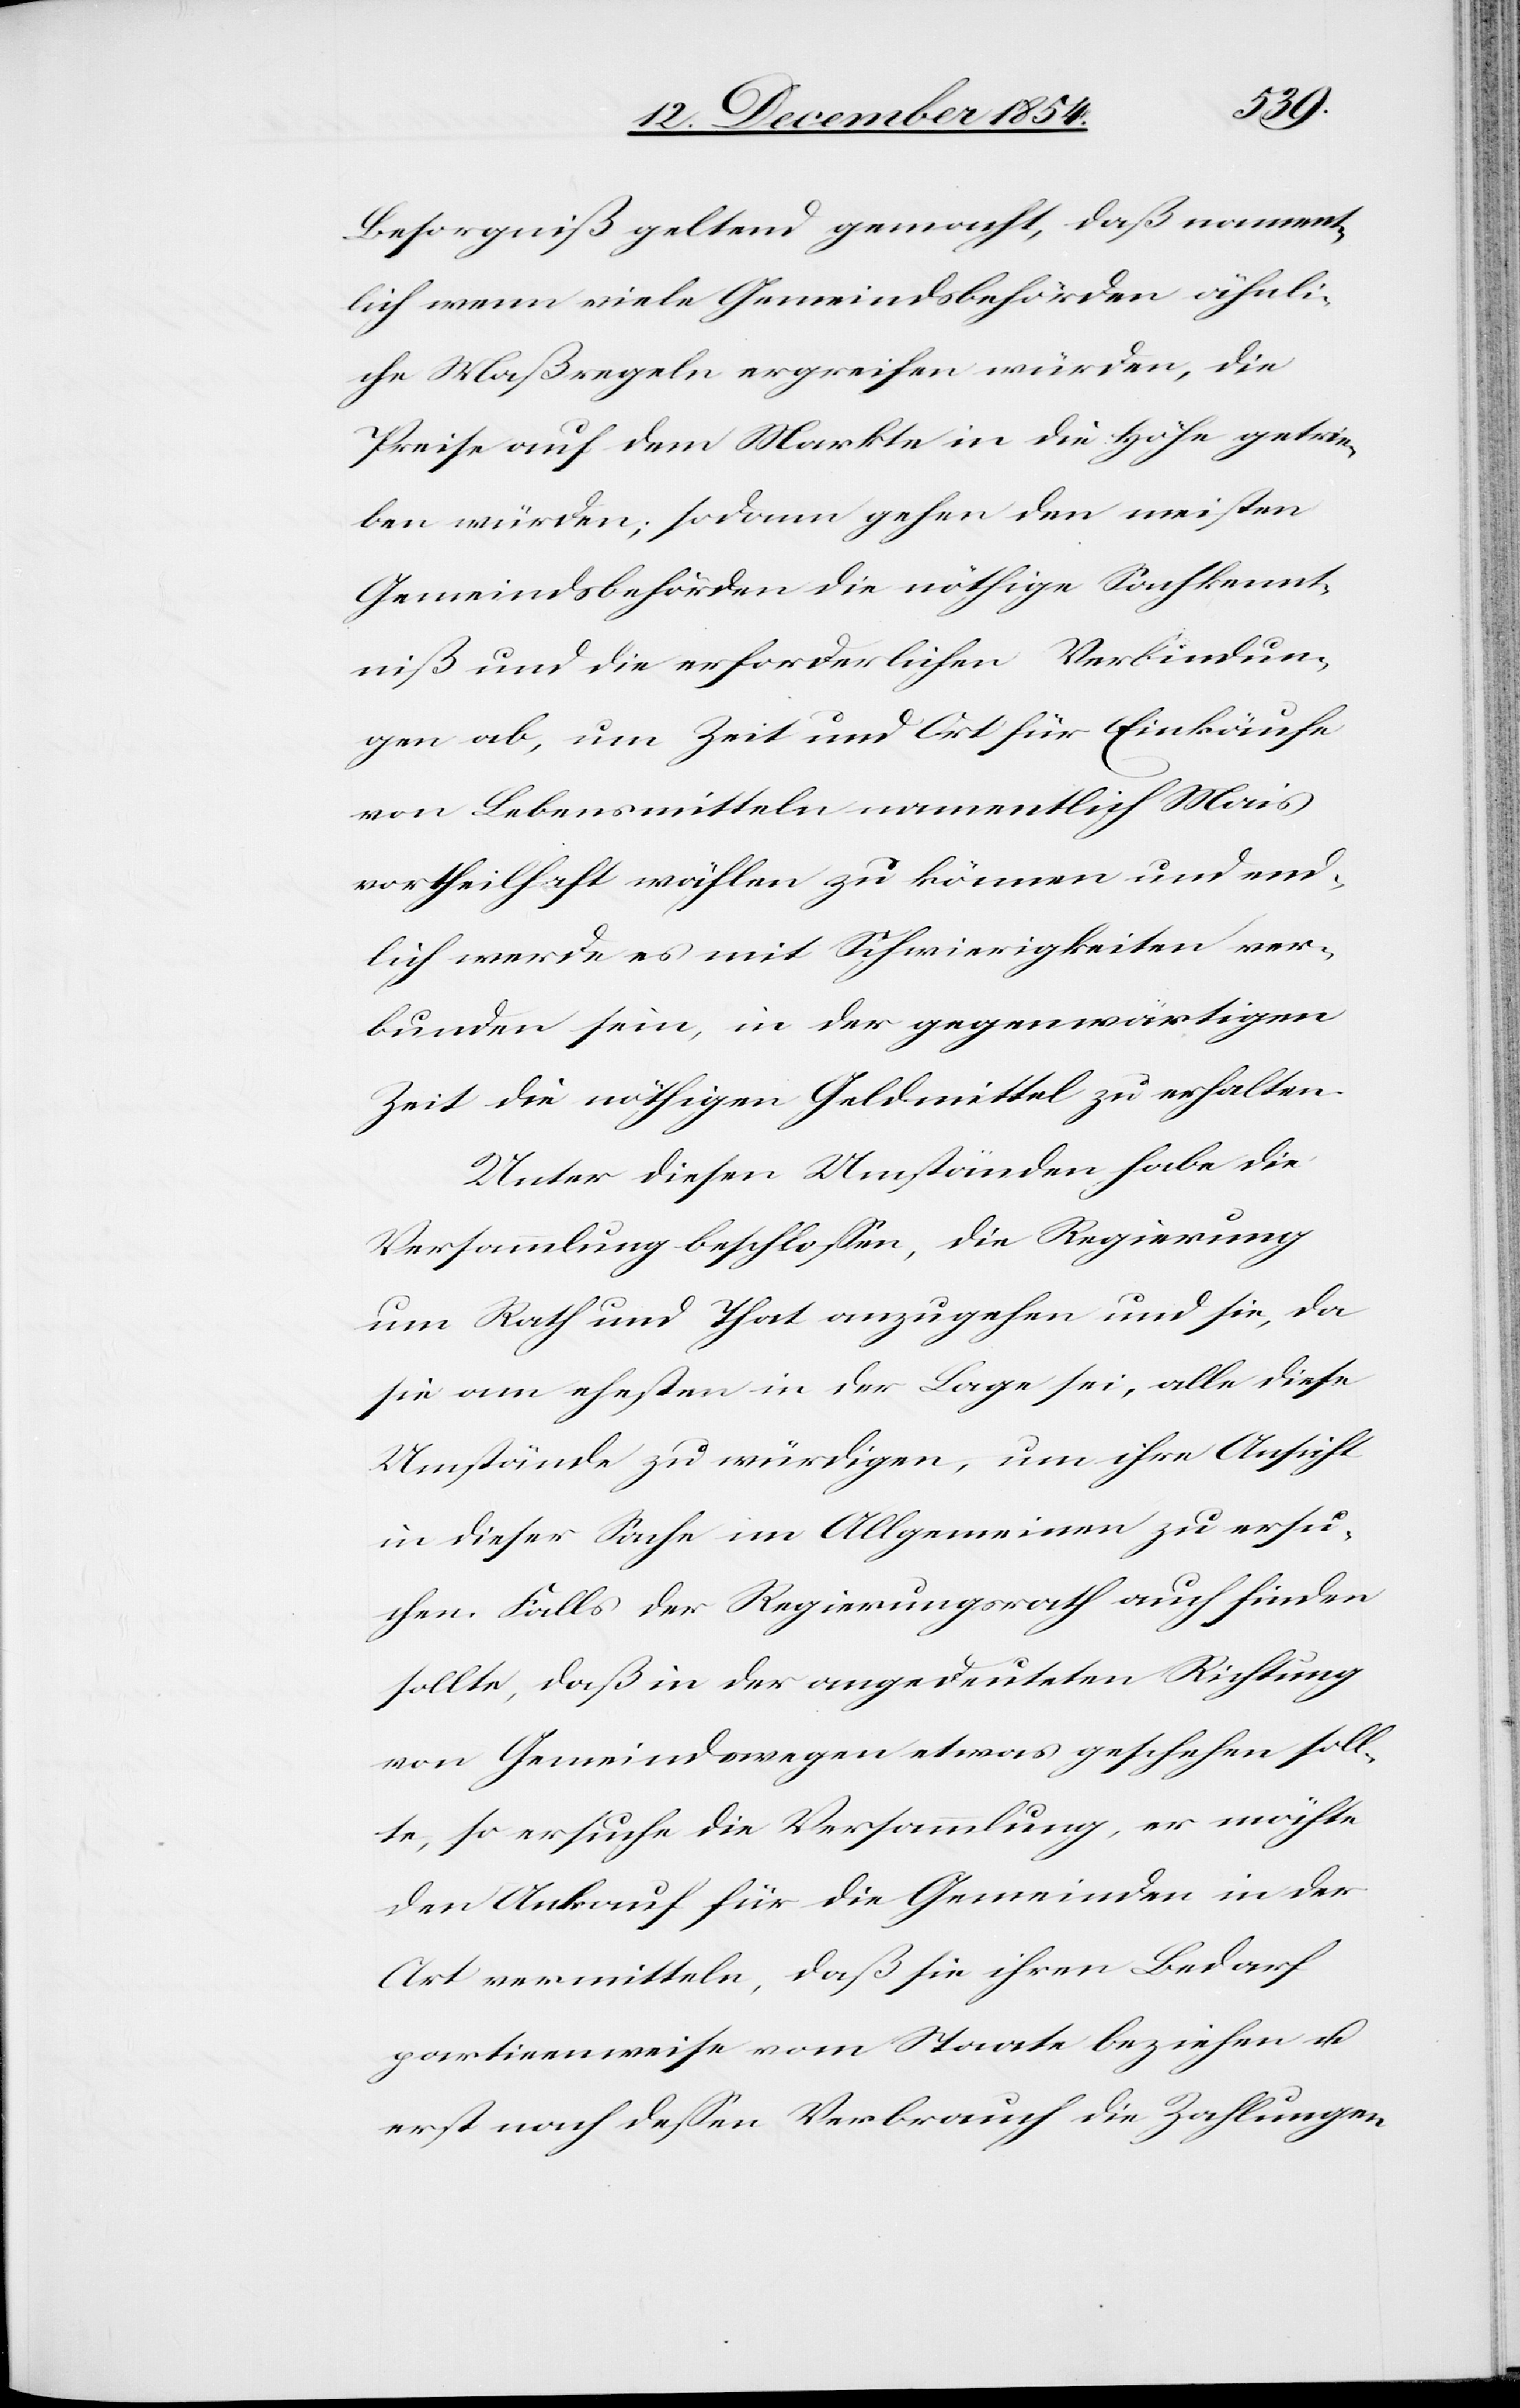
Besorgniß geltend gemacht, daß nament¬
lich wenn viele Gemeindsbehörden ähnli¬
che Maßregeln ergreifen würden, die
Preise auf dem Markt in die Höhe getrie¬
ben würden; sodann gehen den meisten
Gemeindsbehörden die nöthige Sachkennt¬
niß und die erforderlichen Verbindun¬
gen ab, um Zeit und Ort für Einkäufe
von Lebensmitteln namentlich Mais
vortheilhaft wählen zu können und end¬
lich werde es mit Schwierigkeiten ver¬
bunden sein, in der gegenwärtigen
Zeit die nöthigen Geldmittel zu erhalten.
Unter diesen Umständen habe die
Verhandlung beschloßen, die Regierung
um Rath und That anzugehen und sie, da
sie am ehesten in der Lage sei, alle diese
Umstände zu würdigen, um ihre Ansicht
in dieser Sache im Allgemeinen zu ersu¬
chen. Falls der Regierungsrath auch finden
sollte, daß in der angedeuteten Richtung
von Gemeindswegen etwas geschehen soll¬
te, so ersuche die Versammlung, er möchte
den Ankauf für die Gemeinden in der
Art vermitteln, daß sie ihren Bedarf
partieenweise [sic!] vom Staate beziehen u.
erst nach deßen Verbrauch die Zahlungen